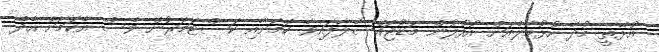
އުޅޭތީ މުދާ ހުޅުމާލެއަށް އުފުލުން މަޑުޖައްސާލާފައިވާ ކަމަށާއި ކަސްޓަމަރުން ވެސް އެކަމަށް އެދޭ